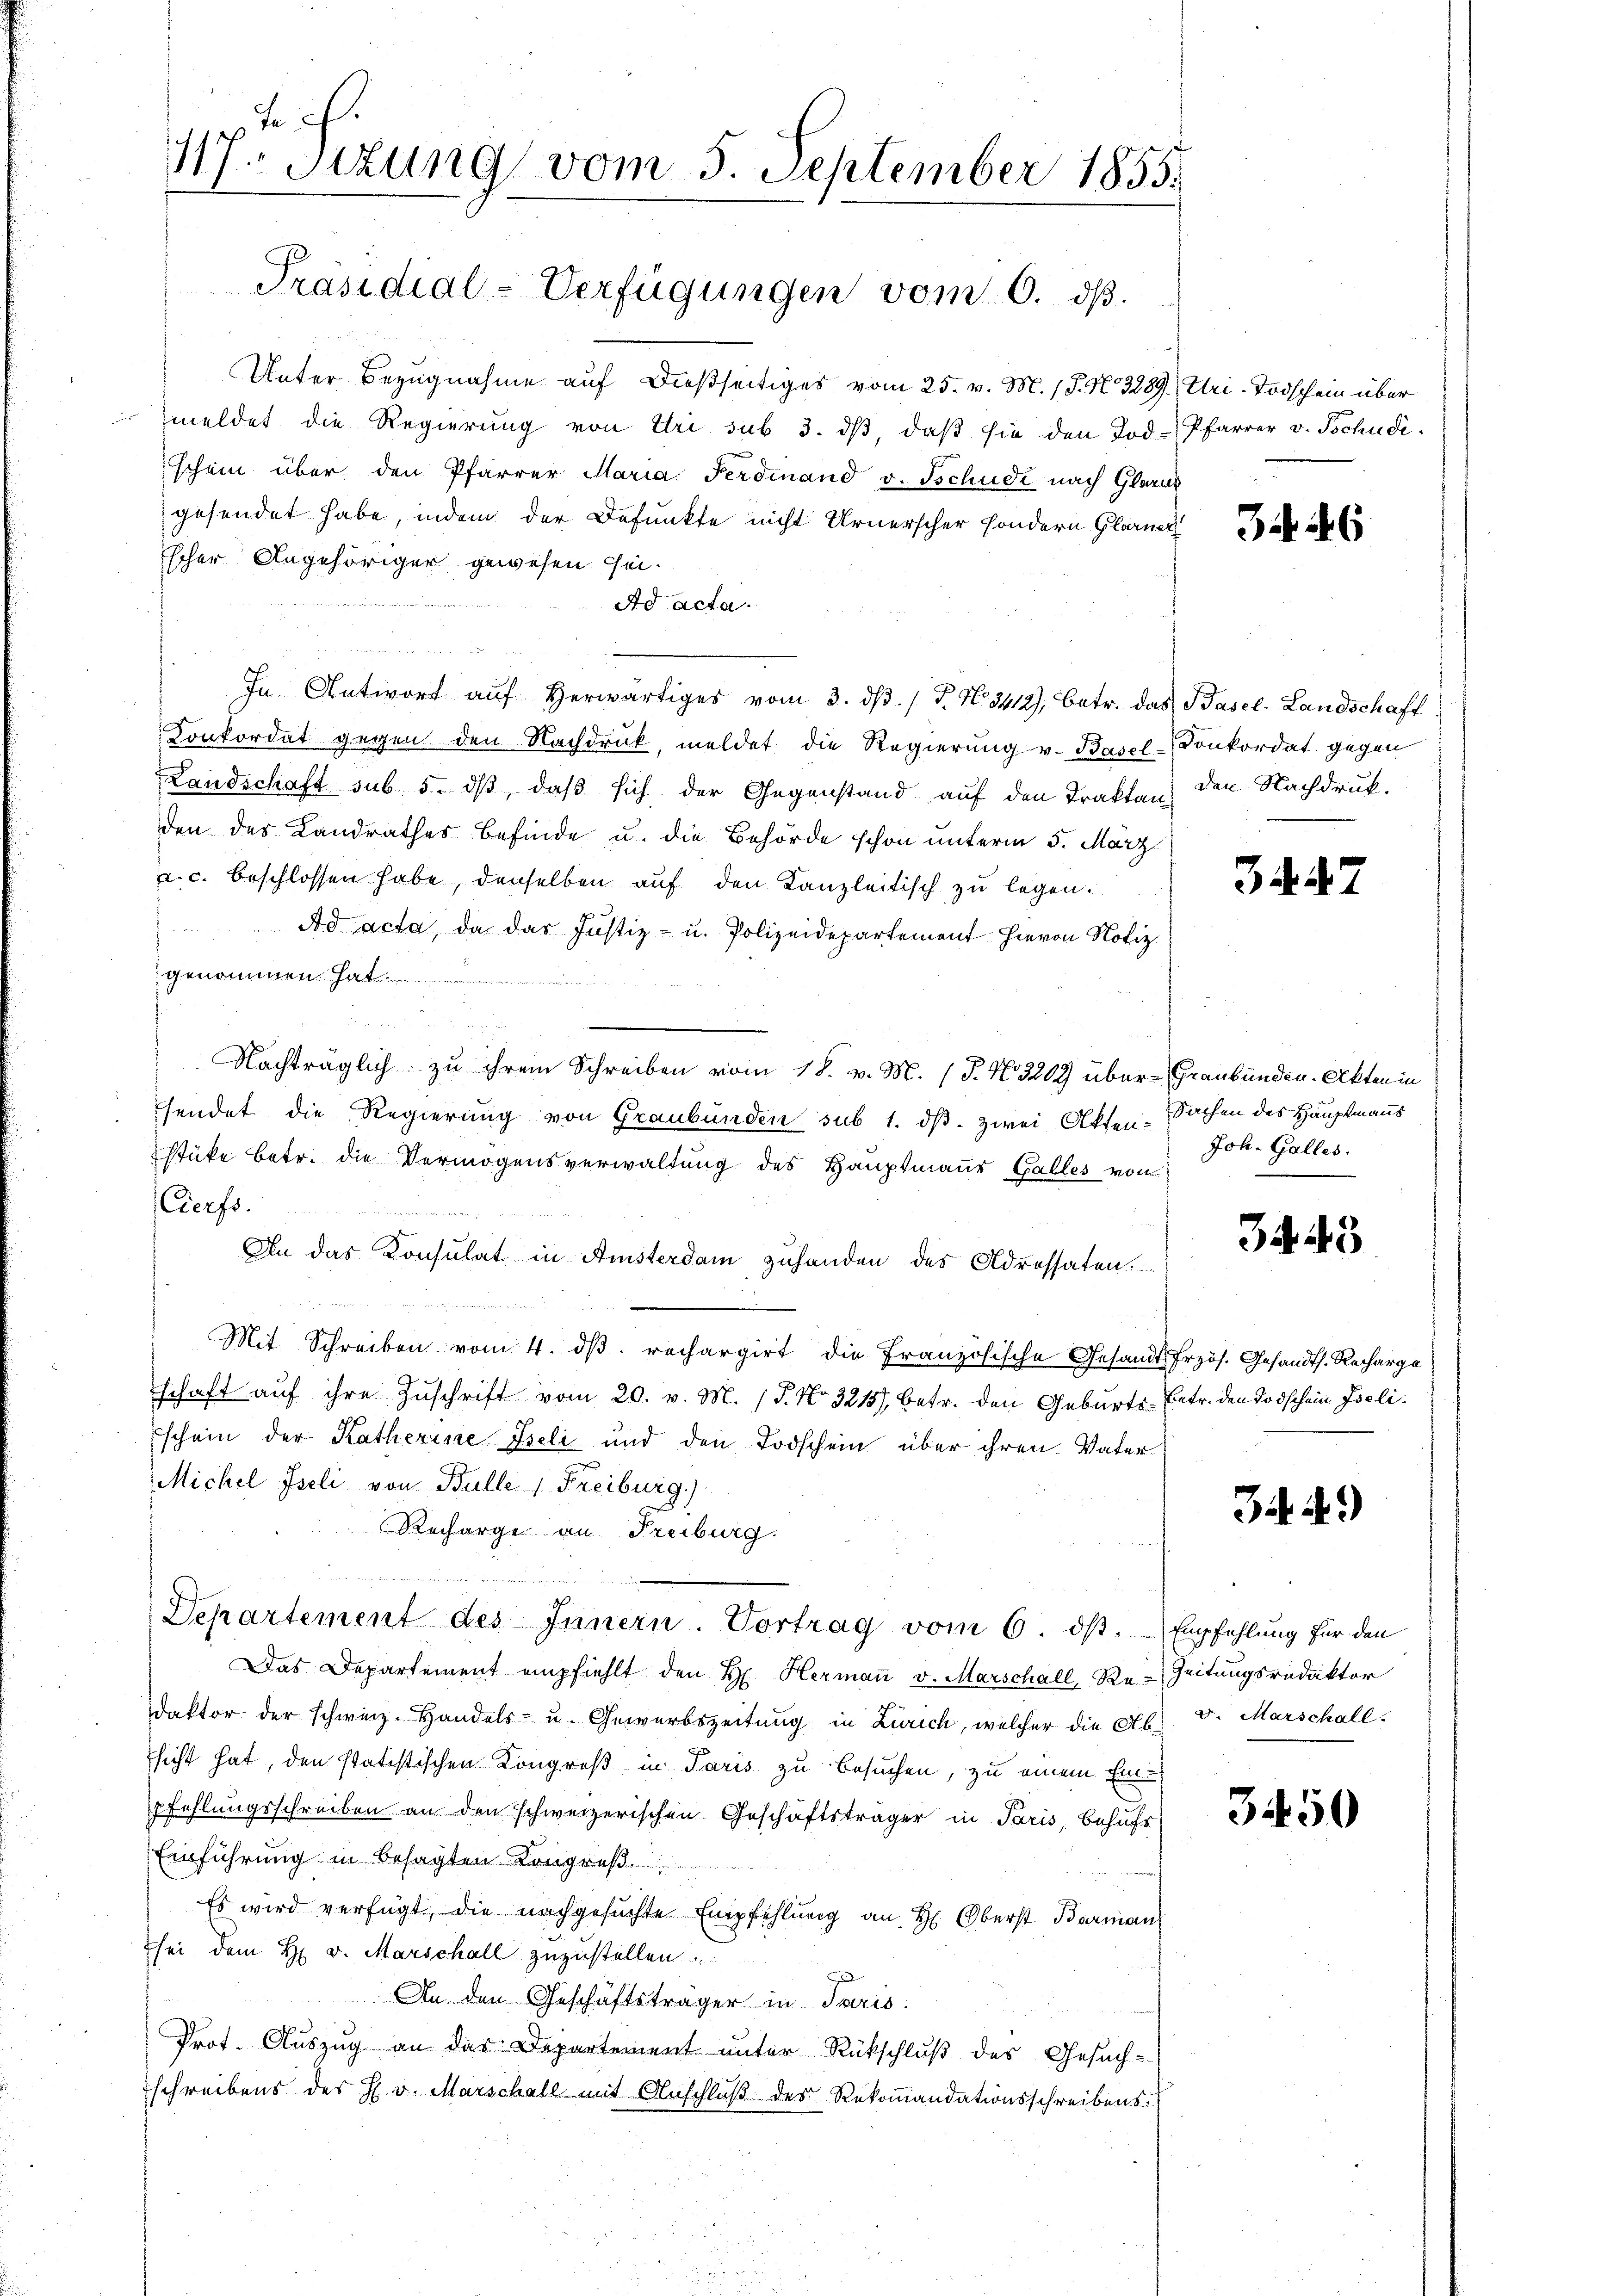
Unter Bezugnahme auf dießseitiges vom 25. v. M. (§. N. 3289), Uri-Todschein über
meldet die Regierung von Uri sub 3. dβ, daβ sie den Tod. Pfarrer v. Tschudi
schein über den Pfarrer Maria Ferdinand v. Tschude nach Glarus
gesendet habe, indem der Defunkte nicht Urnerscher sondern Glarner
scher Angehöriger gewesen sei.
Ad Acta.
In Antwort aŭf herwärtiges vom 3. dβ. / P. N. 3412), betr. das Basel-Landschaft
Konkordat gegen den Nachdruck, meldet die Regierung v. Basel-Konkordat gegen
Landschaft sub 5. dß, daß sich der Gegenstand auf den Trakten; den Nachdruk-
den des Landrathes befinde u. die Behörde schon unterm 5. März
a. c. beschlossen habe, denselben auf den Kanzleitisch zu legen.
Ad acta, da das Justiz- u. Polizeidepartement hievon Notiz
genommen hat
u
Nachträglich zu ihrem Schreiben vom 18. v. M. (T. N. 3209 über-Graubünden. Akten in
sendet die Regierung von Graubünden sub 1. dß. zwei Akten Sachen des Hauptmanns
stüke betr. die Vermögensverwaltung des Hauptmanns Galles vom
Cerfs.
An das Konsulat in Ansterdam zuhanden des Adressaten.
e
Mit Schreiben vom 4. dβ. rechargirt die Französische Gesandt frzös. Gesandts. Recharge
schaft auf ihre Zuschrift vom 20. v. M. (T. No. 3215), betr. den Geburts-Betr. den Todschein Iselischein der Katherine Iseli und den Todschein über ihren Vater
Michel Fieli von Bulle 1. Freiburg)
Recharge an Freiburg.
Departement des Innern. Vortrag vom 6. ds. Empfehlung für den
Das Departement empfiehlt den H. Hermaṅ v. Marschall, Re-Zeitungsredaktor
daktor der schweiz. Handels- u. Gewerbszeitung in Zürich, welcher die Ab. v. Marschall-
hicht hat, den statistischen Kongroß in Paris zu besuchen, zu einem Einpfehlungsschreiben an den schweizerischen Geschäftsträger in Paris, behufs
Einführung in besagten Kongreß
Es wird verfügt, die nachgesuchte Empfehlung an H. Oberst Barman
sei dem H. v. Marschall zuzustellen
An den Geschäftsträger in Paris.
Prof. Auszug an der Departement unter Rückschluß des Gesuchschreibens des H. v. Marschall mit Anschlŭβ des Rekoṁandationsschreibens-

2 f.
117. Sitzung vom 5. September 1855.

Präsidial-Verfügungen vom 6. dβ.

34. 46

34. d. 2

Joh. Galles.

3443

J. A.)

3450